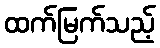
ထက်မြက်သည့်